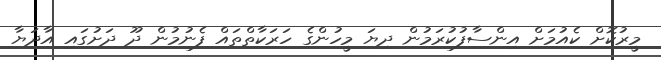
މީރުކޮށް ކެއުމަށް އިންސާފުކުރަމުން ދިޔަ މީހުންގެ ހަރަކާތްތައް ފެނުމުން ދޫ ދަށުގައި އާދަޔާ